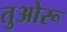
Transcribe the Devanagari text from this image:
तुओरू